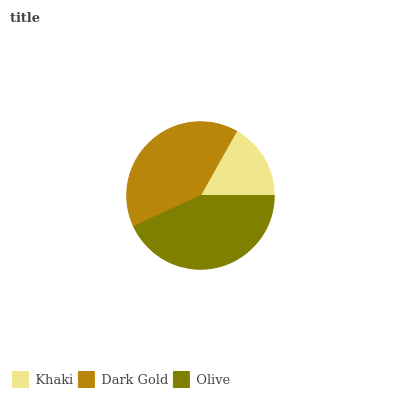
| Khaki | Dark Gold | Olive |
 | --- | --- | --- |
 | 16.9% | 40% | 43.2% |